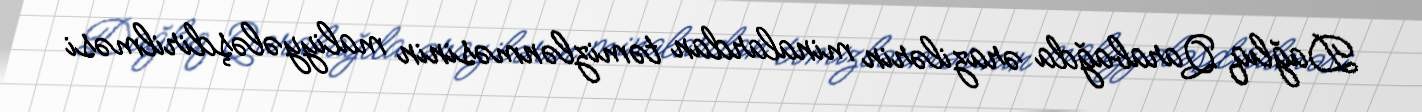
Dağlıq Qarabağda ərazilərin minalardan təmizlənməsinin maliyyələşdirilməsi